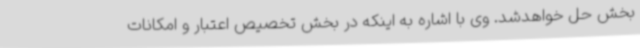
بخش حل خواهدشد. وی با اشاره به اینکه در بخش تخصیص اعتبار و امکانات